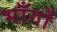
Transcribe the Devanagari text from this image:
भाँगों